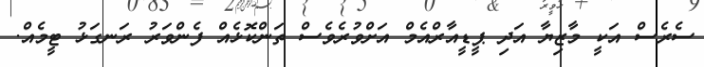
ސެރެސް އަކީ މާޒިޔާ އަދި ޕީޑީއާރްއެމް އަށްވުރެވެސް ތަންކޮޅެއް ފެންވަރު ރަނގަޅު ޓީމެއް.